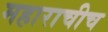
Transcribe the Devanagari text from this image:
महाराचीच